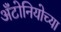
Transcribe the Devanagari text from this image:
अँटोनियोच्या